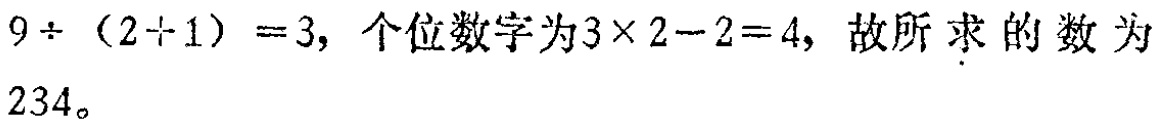
$9\div(2 + 1)=3,\ 个位数字为3\times2 - 2 = 4,\ 故所求的数为234。$